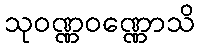
သုဝဏ္ဏဝဏ္ဏောသိ